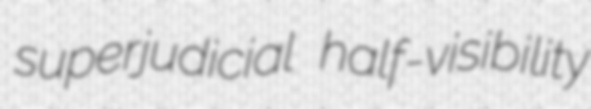
superjudicial half-visibility